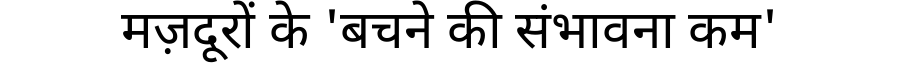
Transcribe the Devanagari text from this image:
मज़दूरों के 'बचने की संभावना कम'